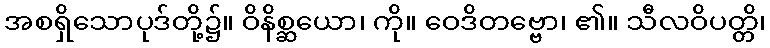
အစရှိသောပုဒ်တို့၌။ ဝိနိစ္ဆယော၊ ကို။ ဝေဒိတဗ္ဗော၊ ၏။ သီလဝိပတ္တိ၊